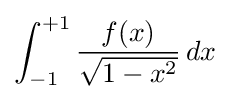
\int _{-1}^{+1}{\frac {f(x)}{\sqrt {1-x^{2}}}}\,dx